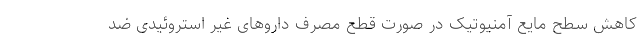
کاهش سطح مایع آمنیوتیک در صورت قطع مصرف داروهای غیر استروئیدی ضد